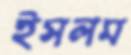
ইসলম